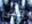
فتى